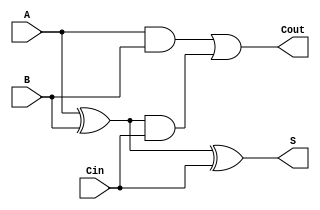
module Somador1Bit (A, B, Cin, S, Cout);
input A, B, Cin;
output S, Cout;

assign S = ((A^B) ^ Cin);
assign Cout = ((A&B) | ((A^B)&Cin));

endmodule